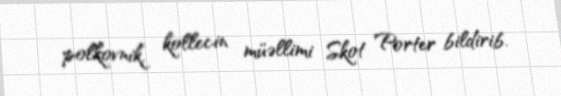
polkovnik, kollecin müəllimi Skot Porter bildirib.